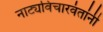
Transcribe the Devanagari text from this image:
नाट्यविचारवंतांनी